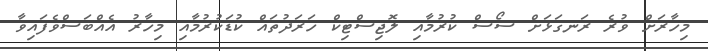
މިހާރަށް ވުރެ ރަނގަޅަށް ސޯސް ކުރުމާއި ލޮޖިސްޓިކް ހަރަދުތައް ކުޑަކުރުމާއި މިހާރު އެއްބަސްވެފައިވާ